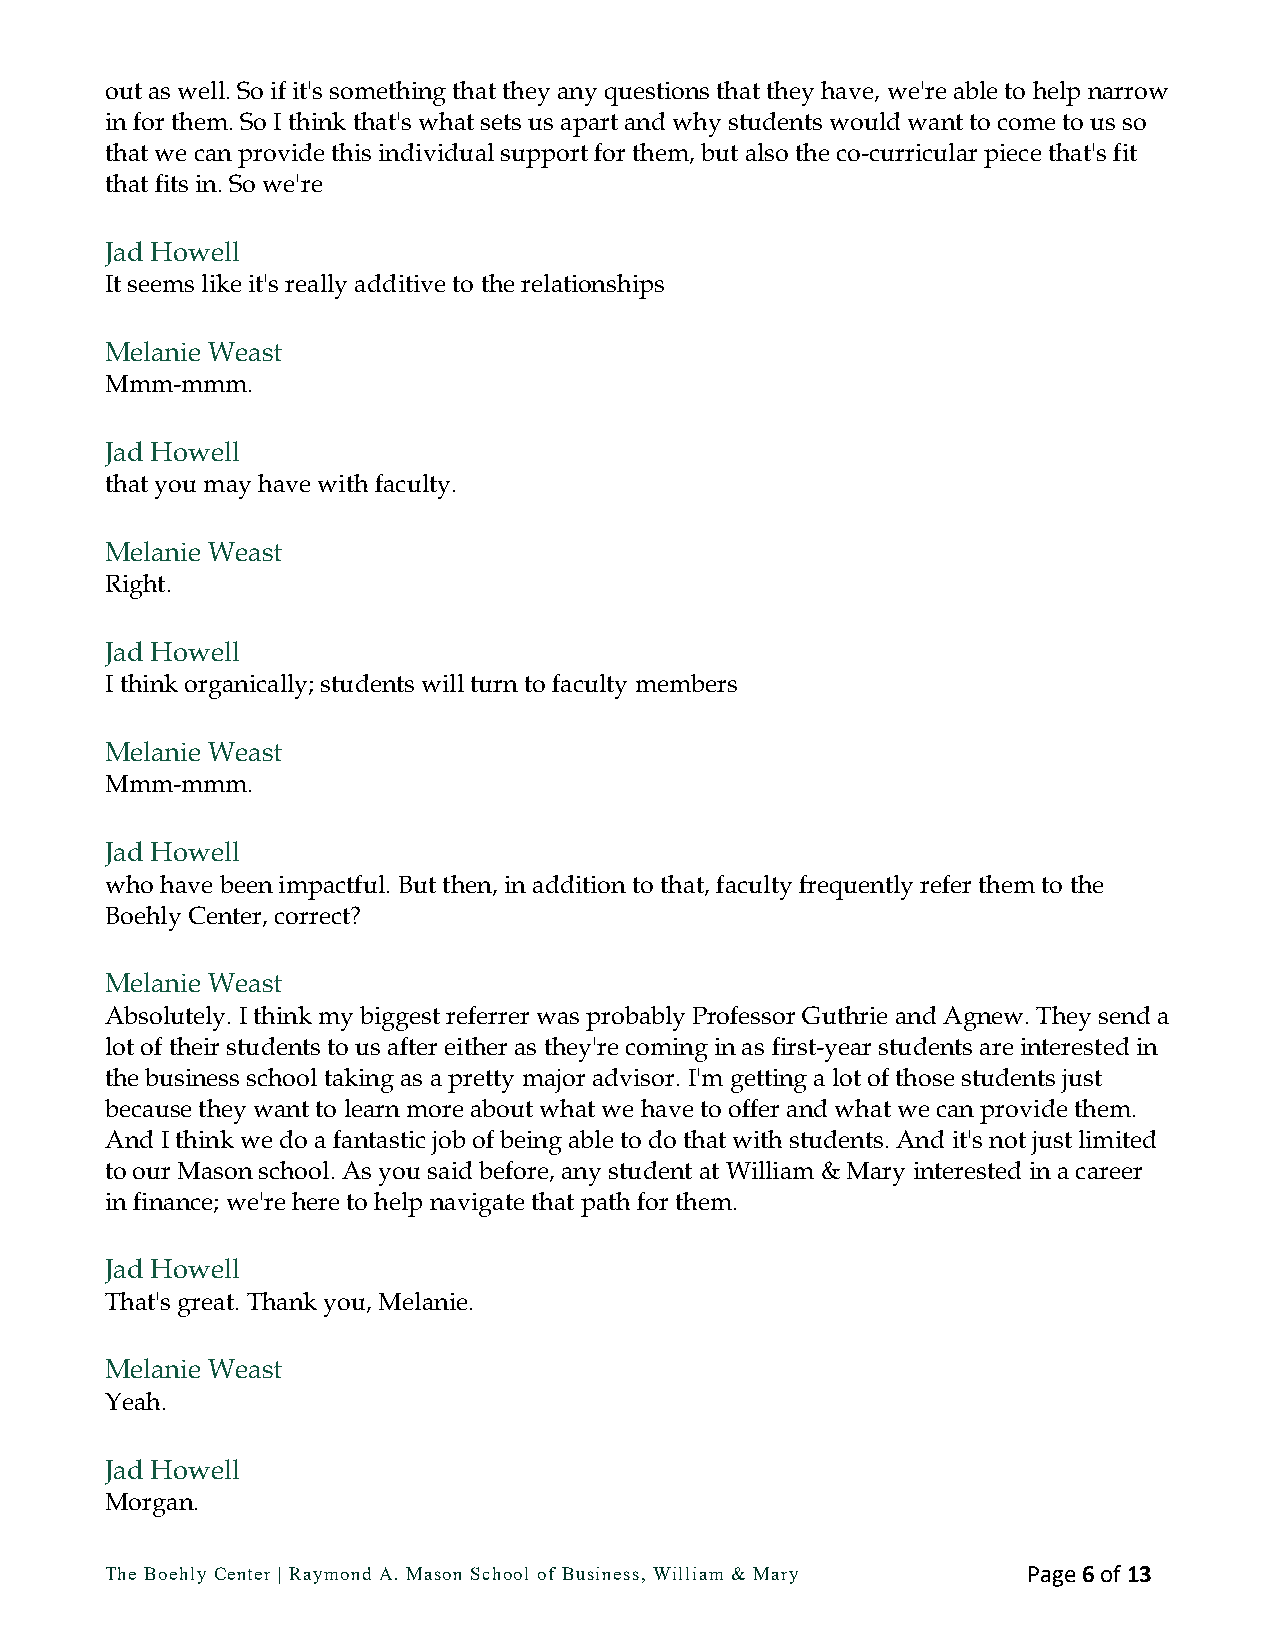
out as well. So if it's something that they any questions that they have, we're able to help narrow
 in for them. So I think that's what sets us apart and why students would want to come to us so
 that we can provide this individual support for them, but also the co-curricular piece that's fit
 that fits in. So we're
 Jad Howell
 It seems like it's really additive to the relationships
 Melanie Weast
 Mmm-mmm.
 Jad Howell
 that you may have with faculty.
 Melanie Weast
 Right.
 Jad Howell
 I think organically; students will turn to faculty members
 Melanie Weast
 Mmm-mmm.
 Jad Howell
 who have been impactful. But then, in addition to that, faculty frequently refer them to the
 Boehly Center, correct?
 Melanie Weast
 Absolutely. I think my biggest referrer was probably Professor Guthrie and Agnew. They send a
 lot of their students to us after either as they're coming in as first-year students are interested in
 the business school taking as a pretty major advisor. I'm getting a lot of those students just
 because they want to learn more about what we have to offer and what we can provide them.
 And I think we do a fantastic job of being able to do that with students. And it's not just limited
 to our Mason school. As you said before, any student at William & Mary interested in a career
 in finance; we're here to help navigate that path for them.
 Jad Howell
 That's great. Thank you, Melanie.
 Melanie Weast
 Yeah.
 Jad Howell
 Morgan.
 The Boehly Center | Raymond A. Mason School of Business, William & Mary Page 6 of 13